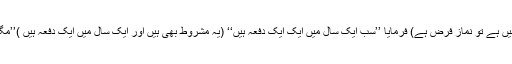
انسان مسافر ہے، مریض ہے، کیسی بھی حالت ہے، اگر ہوش و حواس میں ہے تو نماز فرض ہے) فرمایا ’’سب ایک سال میں ایک ایک دفعہ ہیں‘‘ (یہ مشروط بھی ہیں اور ایک سال میں ایک دفعہ ہیں )’’مگر اس کا حکم (یعنی نماز کا حکم) ہر روز پا نچ دفعہ ادا کر نے کا ہے‘‘۔